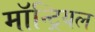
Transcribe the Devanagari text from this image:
माॅन्ट्रियल